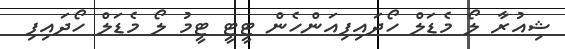
ޝިއުރާ ލޯ މެޑަލް ހޯދައިފިއަންހެން ޓީޓީ ޓީމު ލޯ މެޑަލް ހޯދައިފި